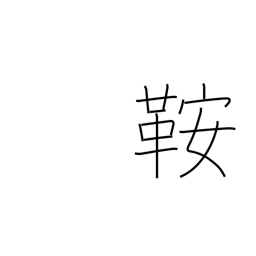
Meaning: saddle